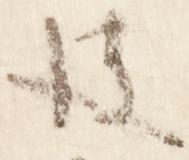
彼